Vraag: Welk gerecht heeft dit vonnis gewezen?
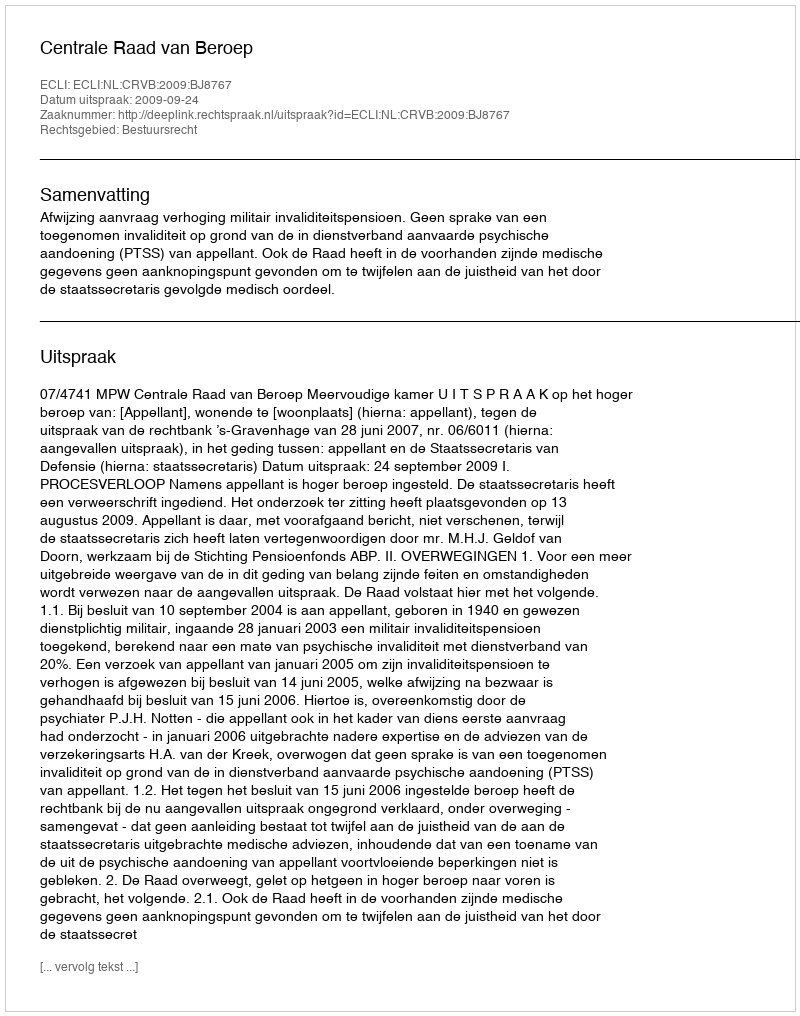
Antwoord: Centrale Raad van Beroep